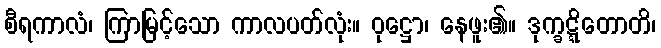
စီရကာလံ၊ ကြာမြင့်သော ကာလပတ်လုံး။ ဝုဋ္ဌော၊ နေဖူး၏။ ဒုက္ခဋ္ဋိတောတိ၊